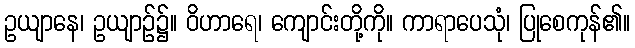
ဥယျာနေ၊ ဥယျာဉ်၌။ ဝိဟာရေ၊ ကျောင်းတို့ကို။ ကာရာပေသုံ၊ ပြုစေကုန်၏။